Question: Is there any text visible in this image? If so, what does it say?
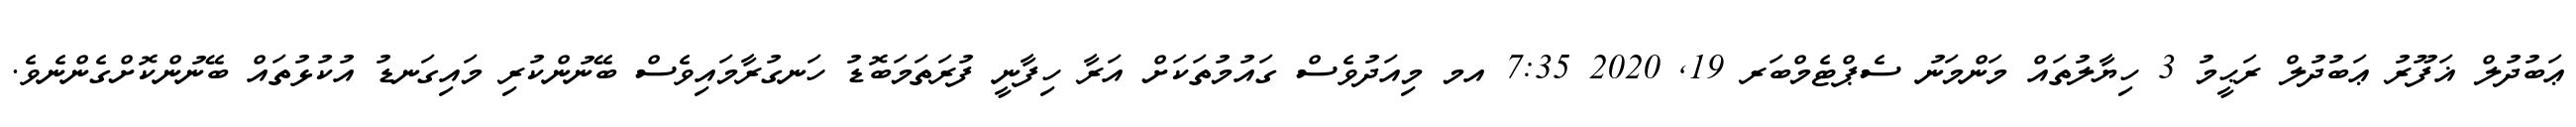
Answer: ޢަބުދުލް ޣަފޫރު ޢަބުދުލް ރަޙީމު 3 ހިޔާލުތައް މަންމަނު ސެޕްޓެމްބަރ 19, 2020 7:35 އމ މިއަދުވެސް ގައުމުތަކަށް އަރާ ހިފާނީ ފުރަތަމަބޮޑު ހަނގުރާމައިވެސް ބޭނުންކުރި މައިގަނޑު އުކުޅުތައް ބޭނުންކޮށްގެންނެވެ.